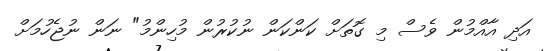
އަދި އާއްމުން ވެސް މި ގޮތަށް ކަންކަން ނުކުރުން މުހިންމު" ނަން ނުޖެހުމަށް